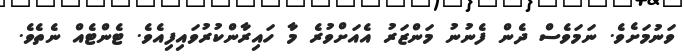
ވަނުމަށެވެ. ނަމަވެސް ދެން ފެނުނު މަންޒަރު އެއަށްވުރެ މާ ހައިރާންކުރުވައިފިއެވެ. ޓެންޓެއް ނެތެވެ.